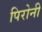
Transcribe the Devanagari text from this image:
पिरोनी